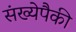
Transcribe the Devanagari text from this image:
संख्येपैकी